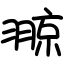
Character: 翞